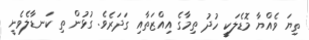
ތިޔަ ވެއްޔާ މޮޑެލަކީ ހުދު ތިމާގެ އިއްޒަތާއި ގަދަރެވެ. ގުޅުން ތި ކަނޑާލެވެނީ